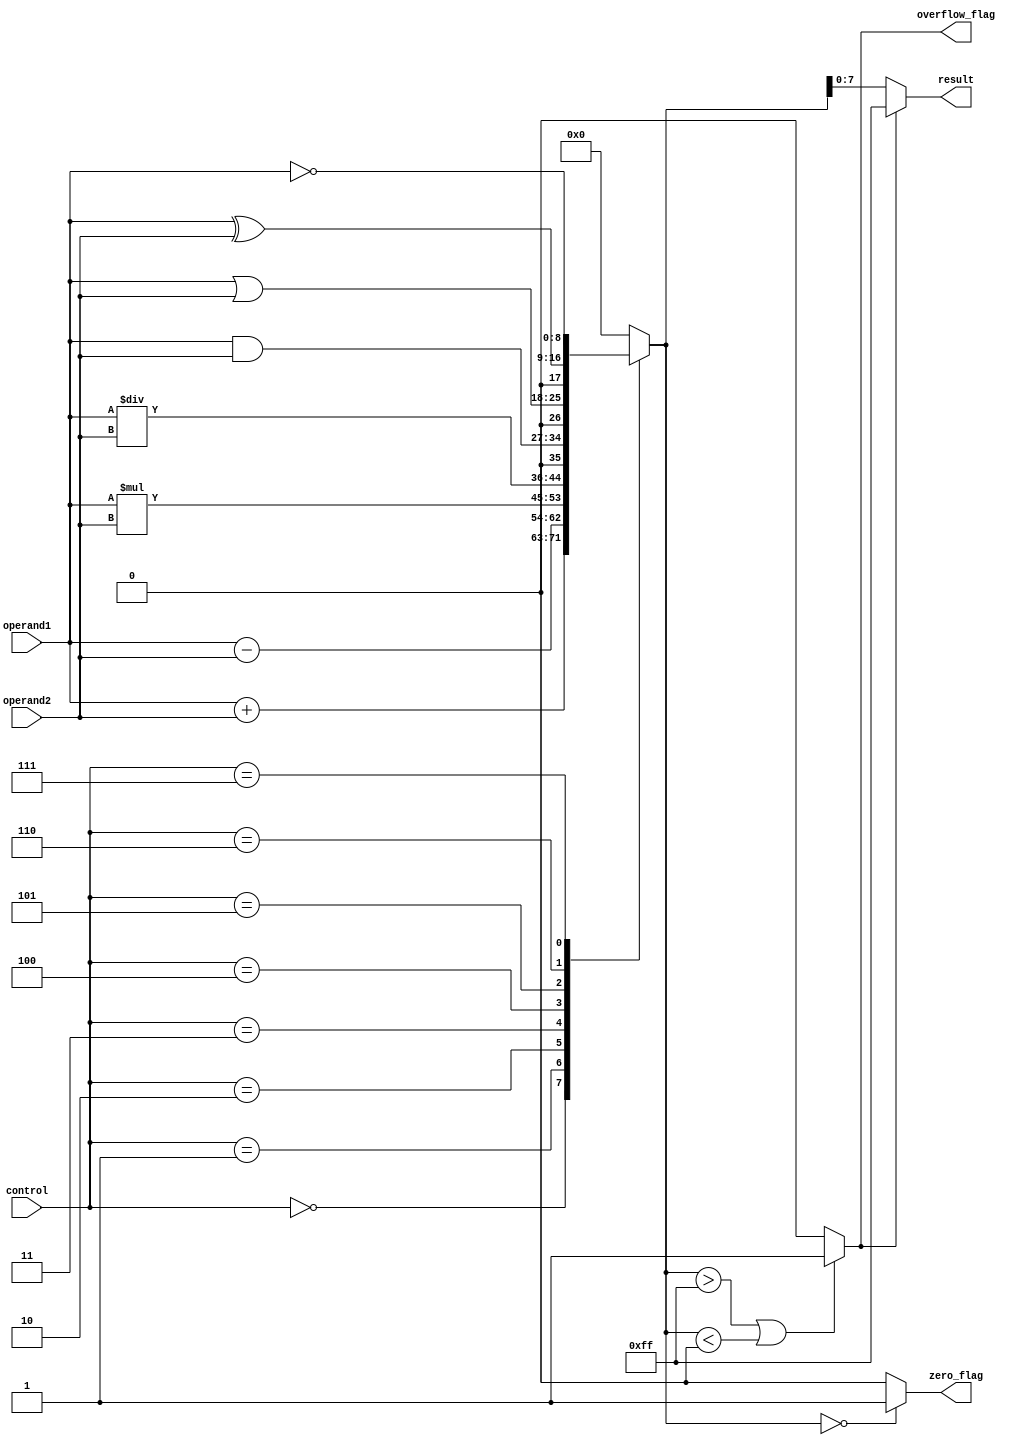
module ALU (
    input wire [3:0] control,
    input wire [7:0] operand1,
    input wire [7:0] operand2,
    output reg [7:0] result,
    output reg zero_flag,
    output reg overflow_flag
);

reg [8:0] temp_result;
reg overflow_flag;

always @(*) begin
    case(control)
        4'b0000: temp_result = operand1 + operand2; // Addition
        4'b0001: temp_result = operand1 - operand2; // Subtraction
        4'b0010: temp_result = operand1 * operand2; // Multiplication
        4'b0011: temp_result = operand1 / operand2; // Division
        4'b0100: temp_result = operand1 & operand2; // Bitwise AND
        4'b0101: temp_result = operand1 | operand2; // Bitwise OR
        4'b0110: temp_result = operand1 ^ operand2; // Bitwise XOR
        4'b0111: temp_result = ~operand1; // Bitwise NOT
        default: temp_result = 8'b0;
    endcase
end

always @(*) begin
    if (temp_result == 8'b0) begin
        zero_flag = 1;
    end else begin
        zero_flag = 0;
    end
    
    if (temp_result > 255 || temp_result < 0) begin
        overflow_flag = 1;
    end else begin
        overflow_flag = 0;
    end
end

always @(*) begin
    if (overflow_flag == 1) begin
        result = 8'b11111111; // Error handling for overflow
    end else begin
        result = temp_result;
    end
end

endmodule